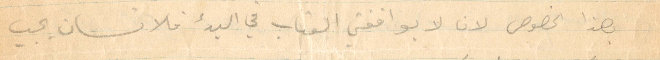
بهذا الخصوص لان لا يوافقني العتاب في البدء فالانسان يجب